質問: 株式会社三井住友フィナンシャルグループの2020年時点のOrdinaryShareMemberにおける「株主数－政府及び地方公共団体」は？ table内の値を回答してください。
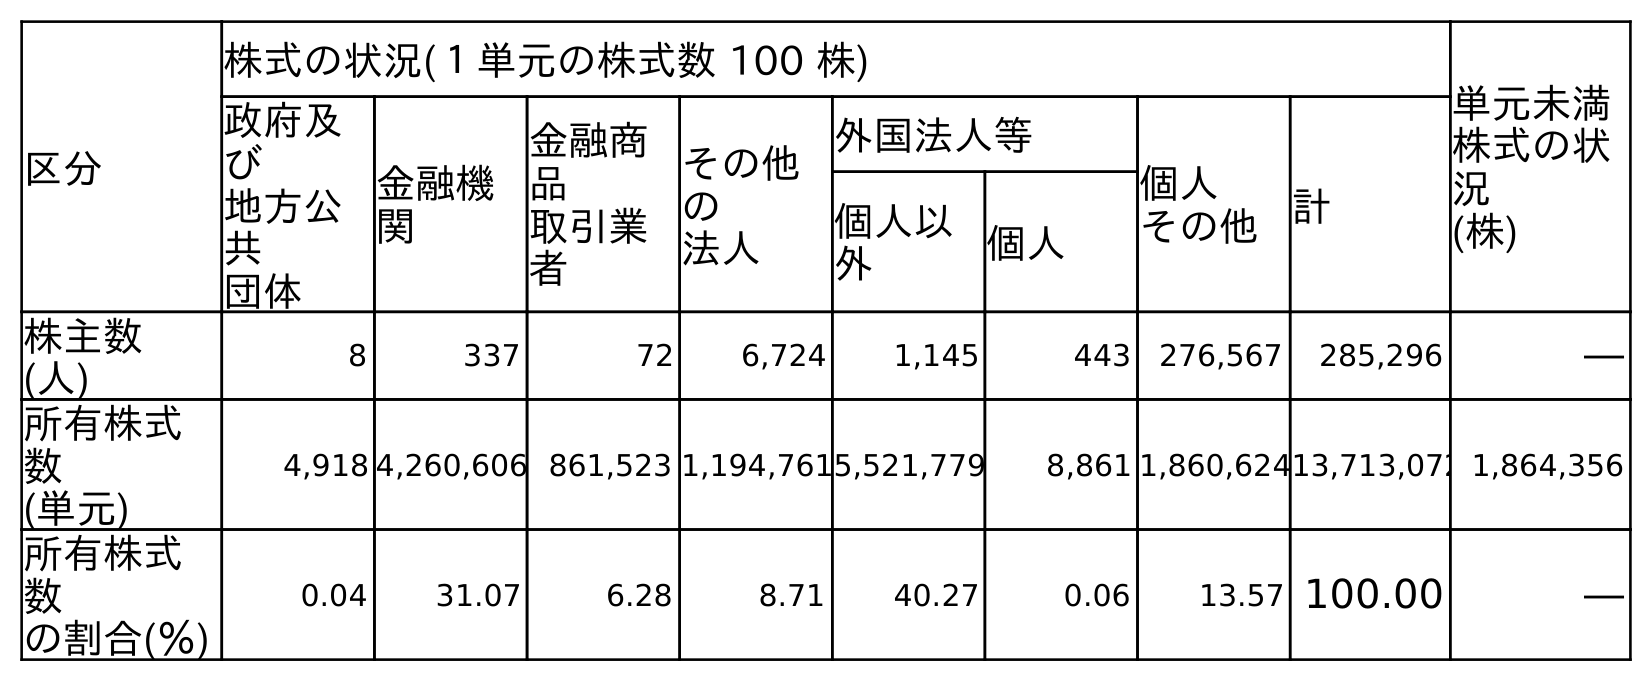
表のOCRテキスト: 区分 株式の状況(１単元の株式数 100 株) 単元未満 株式の状 況 (株) 政府及 び 地方公 共 団体 金融機 関 金融商 品 取引業 者 その他 の 法人 外国法人等 個人 その他 計 個人以 外 個人 株主数 (人) 8 337 72 6,724 1,145 443 276,567 285,296 ― 所有株式 数 (単元) 4,918 4,260,606 861,523 1,194,7615,521,779 8,861 1,860,62413,713,072 1,864,356 所有株式 数 の割合(％) 0.04 31.07 6.28 8.71 40.27 0.06 13.57 100.00 ―
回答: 8